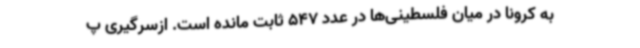
به کرونا در میان فلسطینی‌ها در عدد 547 ثابت مانده است. ازسرگیری پ